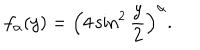
LaTeX: f _ { \alpha } ( y ) = \left( 4 \sin ^ { 2 } \frac { y } { 2 } \right) ^ { \alpha } .